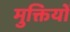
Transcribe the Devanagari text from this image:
मुक्तियों